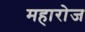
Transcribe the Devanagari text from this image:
महारोज